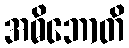
အဓိဘောတိ